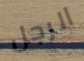
الرجل